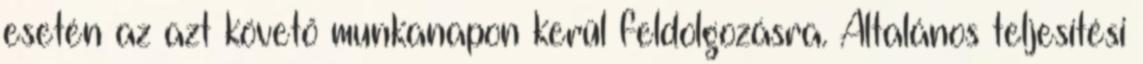
esetén az azt követő munkanapon kerül feldolgozásra. Általános teljesítési